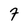
Character: 7